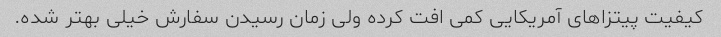
کیفیت پیتزاهای آمریکایی کمی افت کرده ولی زمان رسیدن سفارش خیلی بهتر شده.